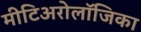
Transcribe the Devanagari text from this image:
मीटिअरोलॉजिका